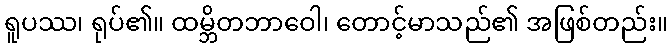
ရူပဿ၊ ရုပ်၏။ ထမ္ဘိတဘာဝေါ၊ တောင့်မာသည်၏ အဖြစ်တည်း။